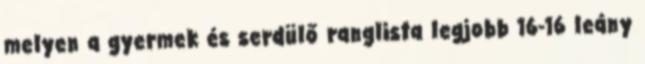
melyen a gyermek és serdülő ranglista legjobb 16-16 leány